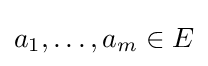
a_{1},\ldots ,a_{m}\in E